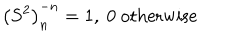
\left( S ^ { 2 } \right) _ { n } ^ { - n } = 1 , \ 0 \mathrm { ~ o t h e r w i s e }